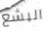
البشع